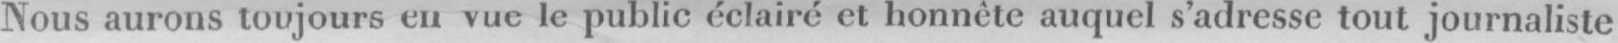
Nous aurons toujours en vue: le publie éclairé et honnête auquel s’adresse tout journaliste